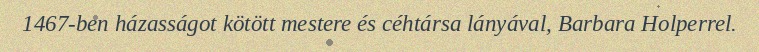
1467-ben házasságot kötött mestere és céhtársa lányával, Barbara Holperrel.